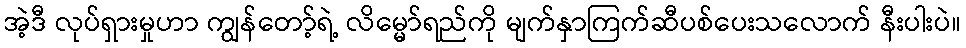
အဲ့ဒီ လုပ်ရှားမှုဟာ ကျွန်တော့်ရဲ့ လိမ္မော်ရည်ကို မျက်နှာကြက်ဆီပစ်ပေးသလောက် နီးပါးပဲ။